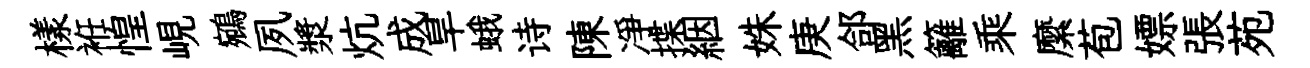
樣袵惶峴鵷夙漿炕成旱蛾诗陳凈揲絪姝庚郃黑籬乘縻苞嫖張苑